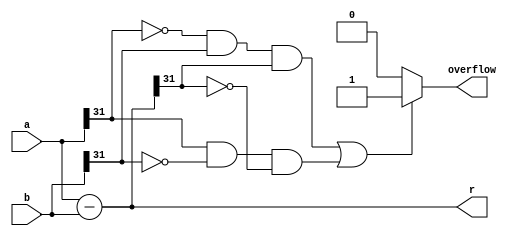
`timescale 1ns / 1ns
module SUB(
    input signed [31:0] a,
    input signed [31:0] b,
    output signed [31:0] r,
    output reg overflow
    );
     reg [31:0] t;
    always@(*)
    begin
        t=a-b;
        if(((a[31]==0)&&(b[31]==1)&&(t[31]==1))||((a[31]==1)&&(b[31]==0)&&(t[31]==0)))
            overflow=1;
        else
            overflow=0;
    end
    assign r=t[31:0];
endmodule